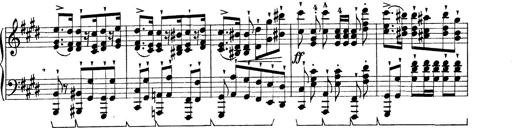
Title: Rapsodie: 19 ungheresi, 1 spagnuola
Composer: Franz Liszt